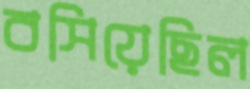
বসিয়েছিল